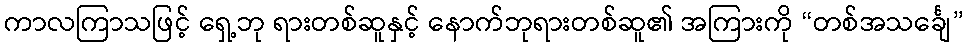
ကာလကြာသဖြင့် ရှေ့ဘု ရားတစ်ဆူနှင့် နောက်ဘုရားတစ်ဆူ၏ အကြားကို “တစ်အသင်္ချေ”